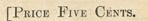

				[PRICE FIVE CENTS.